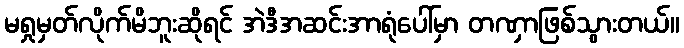
မရှုမှတ်လိုက်မိဘူးဆိုရင် အဲဒီအဆင်းအာရုံပေါ်မှာ တဏှာဖြစ်သွားတယ်။